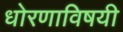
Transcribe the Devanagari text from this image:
धोरणाविषयी